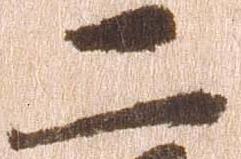
二